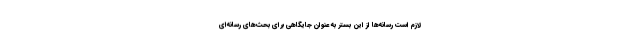
لازم است رسانه‌ها از این بستر به عنوان جایگاهی برای بحث‌های رسانه‌ای